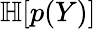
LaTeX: \mathbb{H}[p(Y)]